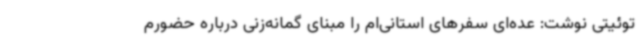
توئیتی نوشت: عده‌ای سفرهای استانی‌ام را مبنای گمانه‌زنی درباره حضورم